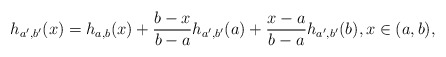
\begin{align*}h_{a',b'}(x)=h_{a,b}(x)+\frac{b-x}{b-a}h_{a',b'}(a)+\frac{x-a}{b-a}h_{a',b'}(b),x\in (a,b),\end{align*}